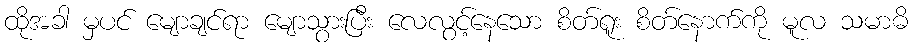
ထိုအခါ မှပင် မျောချင်ရာ မျောသွားပြီး လေလွင့်နေသော စိတ်ရူး စိတ်နောက်ကို မူလ သမာဓိ